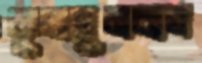
কুলসুমবাগ